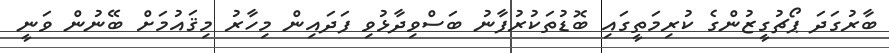
ބާރުގަދަ ޕޯޗުގީޒުންގެ ކުރިމަތީގައި ބޮޑުތަކުރުފާނު ބަސްވިދާޅުވި ފަދައިން މިހާރު މިޤައުމަށް ބޭނުން ވަނީ